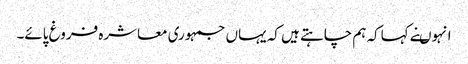
انہوںنے کہاکہ ہم چاہتے ہیں کہ یہاں جمہوری معاشرہ فروغ پائے۔